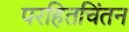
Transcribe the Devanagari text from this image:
परहितचिंतन